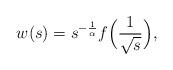
LaTeX: \begin{align*} w(s) = s^{-\frac{1} {\alpha}}f \Bigl( \frac{1} {\sqrt{s}} \Bigr),\end{align*}